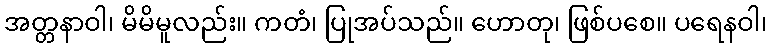
အတ္တနာဝါ၊ မိမိမူလည်း။ ကတံ၊ ပြုအပ်သည်။ ဟောတု၊ ဖြစ်ပစေ။ ပရေနဝါ၊